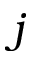
j